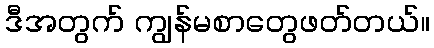
ဒီအတွက် ကျွန်မစာတွေဖတ်တယ်။